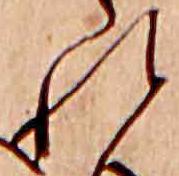
れ